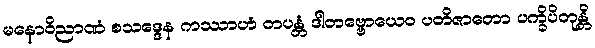
မနောဝိညာဏံ စသဒ္ဒေန ကဿာဟံ တပန္တံ ဒါတဗ္ဗောယေဝ ပတိဇာတော ပက္ခိပိတုန္တိ